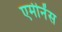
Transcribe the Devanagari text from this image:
एमीनेंस